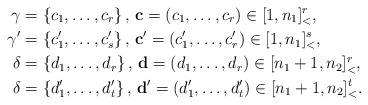
\begin{align*}\gamma&=\{c_1,\dots,c_r\}\,,\, \mathbf{c}=(c_1,\dots,c_r)\in[1,n_1]_<^r,\\\gamma'&=\{c'_1,\dots,c'_s\}\,,\, \mathbf{c'}=(c'_1,\dots,c'_r)\in[1,n_1]_<^s,\\\delta&=\{d_1,\dots,d_r\}\,,\, \mathbf{d}=(d_1,\dots,d_r)\in[n_1+1,n_2]_<^r,\\\delta&=\{d'_1,\dots,d'_t\}\,,\, \mathbf{d'}=(d'_1,\dots,d'_t)\in[n_1+1,n_2]_<^t.\end{align*}